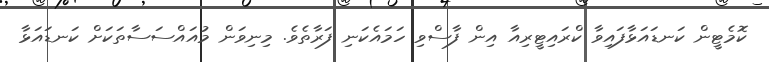
ކޮމެޓީން ކަނޑައަޅާފައިވާ ކްރައިޓީރިއާ އިން ފާސްވި ހަމައެކަނި ފަރާތެވެ. މިނިވަން މުއައްސަސާތަކަށް ކަނޑައަޅާ